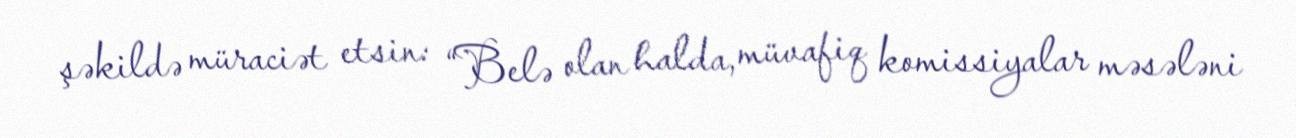
şəkildə müraciət etsin: “Belə olan halda, müvafiq komissiyalar məsələni